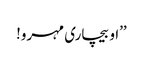
’’او بیچاری مہرو!